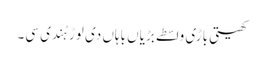
کھیتی باڑی واسطے بڑیاں باہاں دی لوڑ ہُندی سی۔